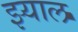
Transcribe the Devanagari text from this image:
झ्याल